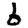
Digit: 6